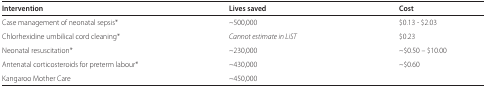
<table><thead><tr><td><b>Intervention</b></td><td><b>Lives saved</b></td><td><b>Cost</b></td></tr></thead><tbody><tr><td>Case management of neonatal sepsis*</td><td>~500,000</td><td>$0.13 $2.03</td></tr><tr><td>Chlorhexidine umbilical cord cleaning*</td><td><i>Cannot estimate in LiST</i></td><td>$0.23</td></tr><tr><td>Neonatal resuscitation*</td><td>~230,000</td><td>~$0.50 - $10.00</td></tr><tr><td>Antenatal corticosteroids for preterm labour*</td><td>~430,000</td><td>~$0.60</td></tr><tr><td>Kangaroo Mother Care</td><td>~450,000</td><td></td></tr></tbody></table>